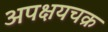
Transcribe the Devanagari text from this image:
अपक्षयचक्र